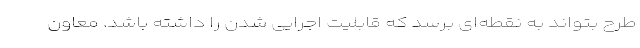
طرح بتواند به نقطه‌ای برسد که قابلیت اجرایی شدن را داشته باشد. معاون